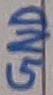
Text: GND